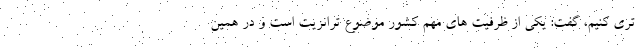
تری کنیم، گفت: یکی از ظرفیت های مهم کشور موضوع ترانزیت است و در همین